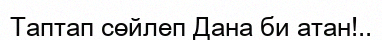
Таптап сөйлеп Дана би атан!..